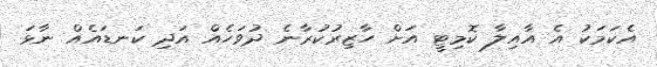
އެކަމަކު އެ އާއިލާ ކޮމިޓީ އަށް ހާޒިރުކުރާނެ ދުވަހެއް އަދި ކަނޑައެއް ނާޅަ